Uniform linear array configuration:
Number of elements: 16
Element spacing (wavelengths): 1
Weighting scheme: binomial
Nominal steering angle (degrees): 15
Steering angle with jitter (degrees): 16.006
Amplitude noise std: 0.05
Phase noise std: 0.05

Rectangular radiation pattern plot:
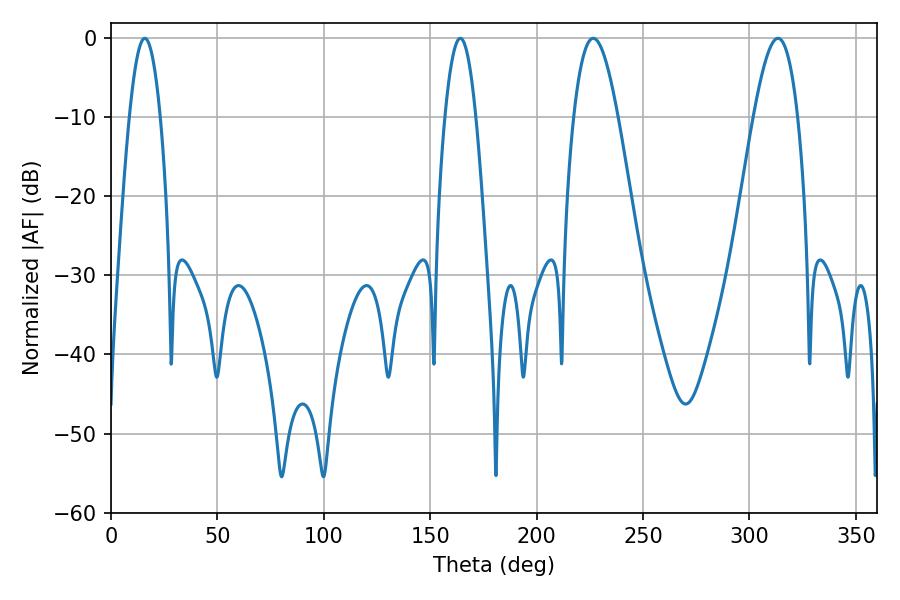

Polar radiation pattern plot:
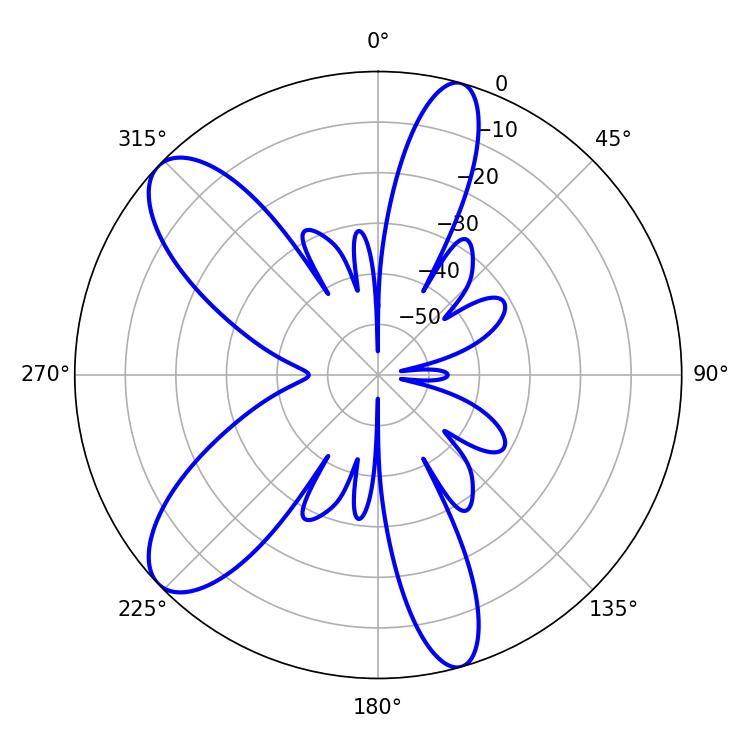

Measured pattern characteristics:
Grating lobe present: TRUE
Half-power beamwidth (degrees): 11.16
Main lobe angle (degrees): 226.62